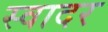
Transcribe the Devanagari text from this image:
स्वादर